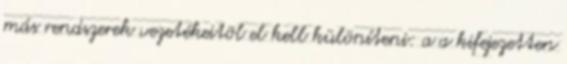
más rendszerek vezetékeitõl el kell különíteni: a a kifejezetten